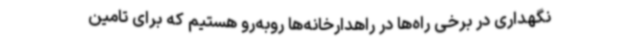
نگهداری در برخی راه‌ها در راهدارخانه‌ها روبه‌رو هستیم که برای تامین